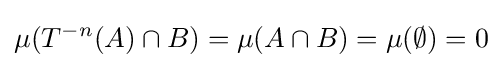
\mu (T^{-n}(A)\cap B)=\mu (A\cap B)=\mu (\emptyset )=0